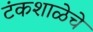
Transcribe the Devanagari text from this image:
टंकशाळेचे